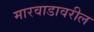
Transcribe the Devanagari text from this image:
मारवाडावरील